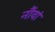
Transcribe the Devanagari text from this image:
नौंवां